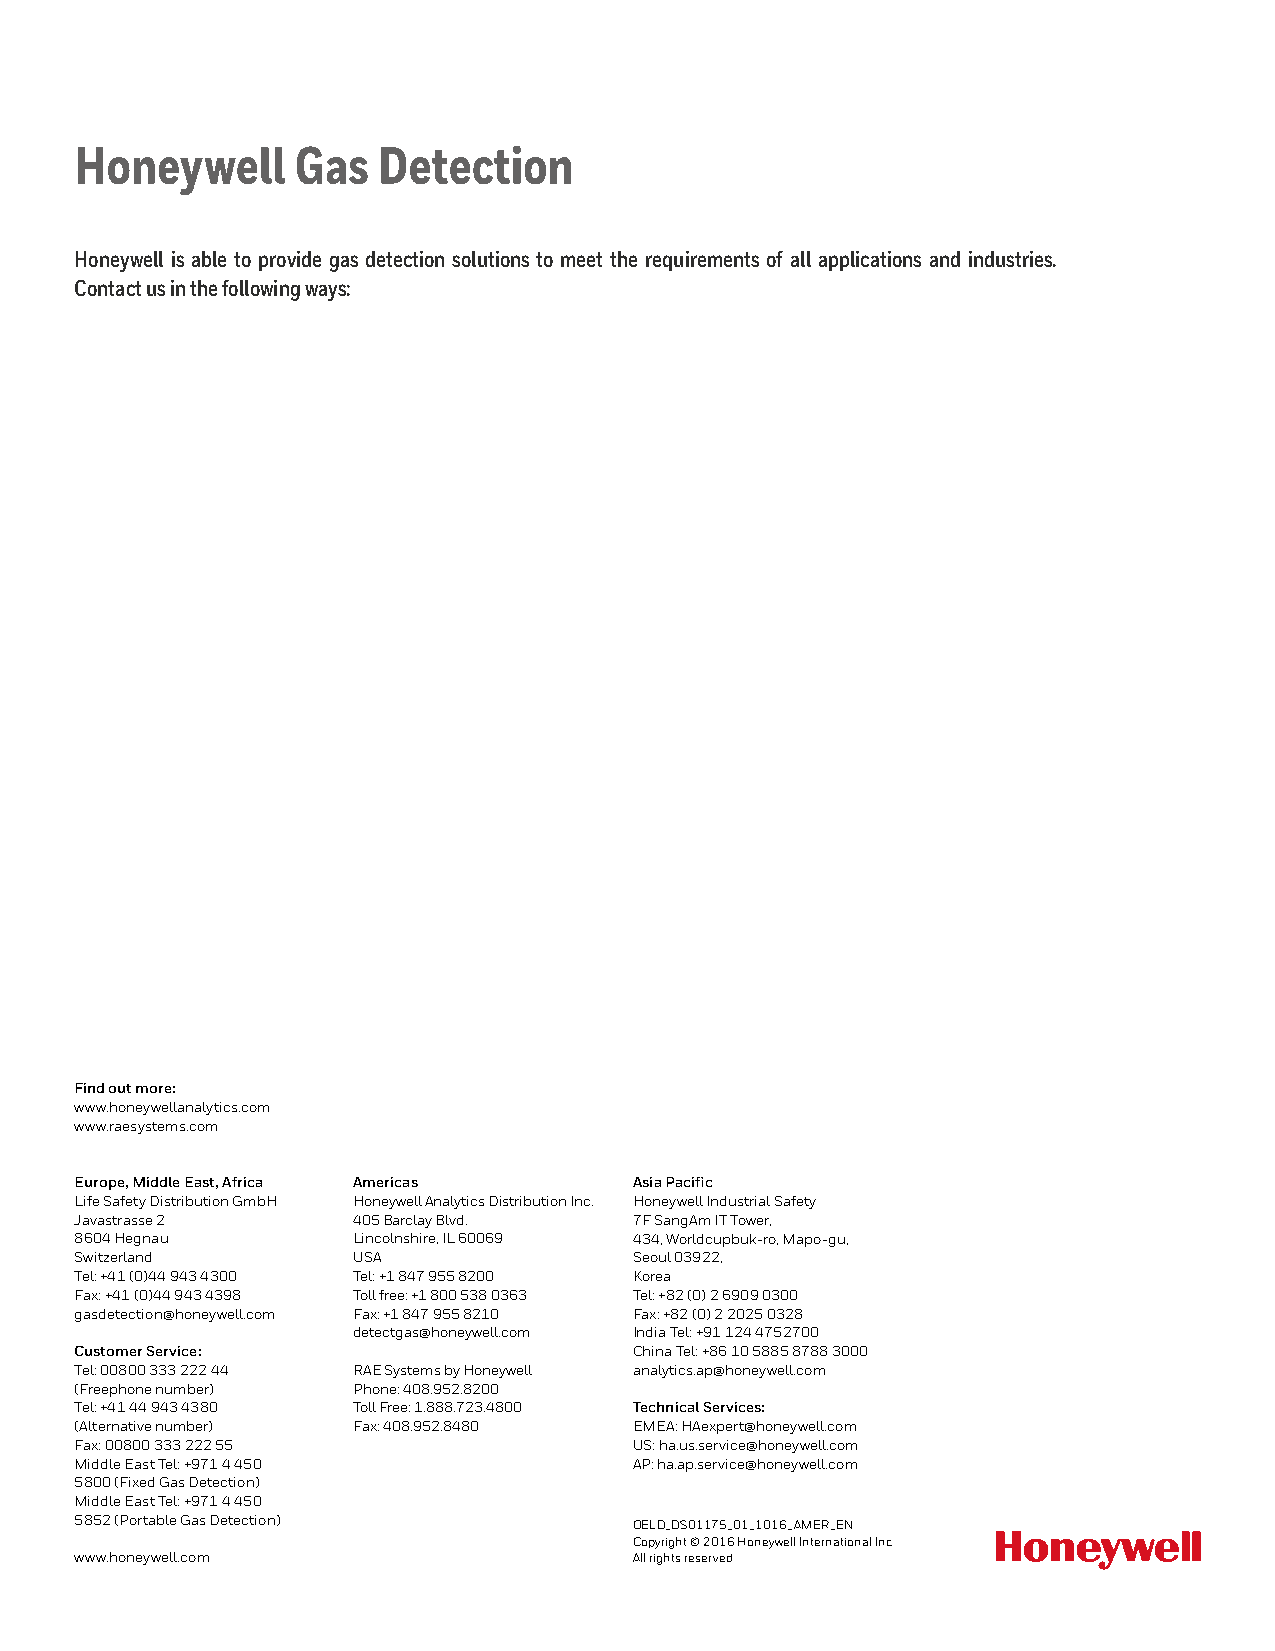
Honeywell     Gas   Detection
 Honeywell is able to provide gas detection solutions to meet the requirements of all applications and industries.
 Contact us in the following ways:
 Find out more:
 www.honeywellanalytics.com
 www.raesystems.com
 Europe, Middle East, Africa Americas Asia Pacific
 Life Safety Distribution GmbH Honeywell Analytics Distribution Inc. Honeywell Industrial Safety
 Javastrasse 2     405 Barclay Blvd.  7F SangAm IT Tower,
 8604 Hegnau       Lincolnshire, IL 60069 434, Worldcupbuk-ro, Mapo-gu,
 Switzerland       USA                Seoul 03922,
 Tel: +41 (0)44 943 4300 Tel: +1 847 955 8200 Korea
 Fax: +41 (0)44 943 4398 Toll free: +1 800 538 0363 Tel: +82 (0) 2 6909 0300
 gasdetection@honeywell.com Fax: +1 847 955 8210 Fax: +82 (0) 2 2025 0328
 detectgas@honeywell.com India Tel: +91 124 4752700
 Customer Service:                    China Tel: +86 10 5885 8788 3000
 Tel: 00800 333 222 44 RAE Systems by Honeywell analytics.ap@honeywell.com
 (Freephone number) Phone: 408.952.8200
 Tel: +41 44 943 4380 Toll Free: 1.888.723.4800 Technical Services:
 (Alternative number) Fax: 408.952.8480 EMEA: HAexpert@honeywell.com
 Fax: 00800 333 222 55                US: ha.us.service@honeywell.com
 Middle East Tel: +971 4 450          AP: ha.ap.service@honeywell.com
 5800 (Fixed Gas Detection)
 Middle East Tel: +971 4 450
 5852 (Portable Gas Detection)        OELD_DS01175_01_1016_AMER_EN
 Copyright © 2016 Honeywell International Inc.
 www.honeywell.com                    All rights reserved.